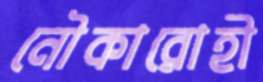
নৌকারোহী